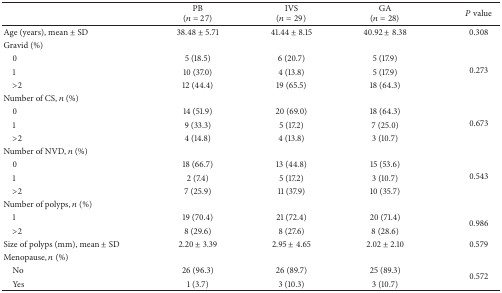
<table><thead><tr><td><b> </b></td><td><b>PB(<i>n</i> = 27)</b></td><td><b>IVS(<i>n</i> = 29)</b></td><td><b>GA(<i>n</i> = 28)</b></td><td><b><i>P</i> value</b></td></tr></thead><tbody><tr><td>Age (years), mean ± SD</td><td>38.48 ± 5.71</td><td>41.44 ± 8.15</td><td>40.92 ± 8.38</td><td>0.308</td></tr><tr><td>Gravid (%)</td><td colspan="4"> </td></tr><tr><td> 0</td><td>5 (18.5)</td><td>6 (20.7)</td><td>5 (17.9)</td><td rowspan="3">0.273</td></tr><tr><td> 1</td><td>10 (37.0)</td><td>4 (13.8)</td><td>5 (17.9)</td></tr><tr><td> &gt;2</td><td>12 (44.4)</td><td>19 (65.5)</td><td>18 (64.3)</td></tr><tr><td>Number of CS, <i>n</i> (%)</td><td colspan="4"> </td></tr><tr><td> 0</td><td>14 (51.9)</td><td>20 (69.0)</td><td>18 (64.3)</td><td rowspan="3">0.673</td></tr><tr><td> 1</td><td>9 (33.3)</td><td>5 (17.2)</td><td>7 (25.0)</td></tr><tr><td> &gt;2</td><td>4 (14.8)</td><td>4 (13.8)</td><td>3 (10.7)</td></tr><tr><td>Number of NVD, <i>n</i> (%)</td><td colspan="4"> </td></tr><tr><td> 0</td><td>18 (66.7)</td><td>13 (44.8)</td><td>15 (53.6)</td><td rowspan="3">0.543</td></tr><tr><td> 1</td><td>2 (7.4)</td><td>5 (17.2)</td><td>3 (10.7)</td></tr><tr><td> &gt;2</td><td>7 (25.9)</td><td>11 (37.9)</td><td>10 (35.7)</td></tr><tr><td>Number of polyps, <i>n</i> (%)</td><td colspan="4"> </td></tr><tr><td> 1</td><td>19 (70.4)</td><td>21 (72.4)</td><td>20 (71.4)</td><td rowspan="2">0.986</td></tr><tr><td> &gt;2</td><td>8 (29.6)</td><td>8 (27.6)</td><td>8 (28.6)</td></tr><tr><td>Size of polyps (mm), mean ± SD</td><td>2.20 ± 3.39</td><td>2.95 ± 4.65</td><td>2.02 ± 2.10</td><td>0.579</td></tr><tr><td>Menopause, <i>n</i> (%)</td><td colspan="4"> </td></tr><tr><td> No</td><td>26 (96.3)</td><td>26 (89.7)</td><td>25 (89.3)</td><td rowspan="2">0.572</td></tr><tr><td> Yes</td><td>1 (3.7)</td><td>3 (10.3)</td><td>3 (10.7)</td></tr></tbody></table>